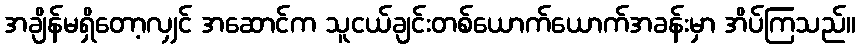
အချိန်မရှိတော့လျှင် အဆောင်က သူငယ်ချင်းတစ်ယောက်ယောက်အခန်းမှာ အိပ်ကြသည်။